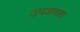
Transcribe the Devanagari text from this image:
उपजणारा